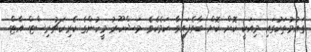
ގައުމުތަކުގައި މިއަކީ ކޮށް ކޮށް ބާވެފައިވާ ކަމެކެވެ. މަޝްހޫރު މީހުންގެ ކެރިކަޗުރިސްޓް އާޓް